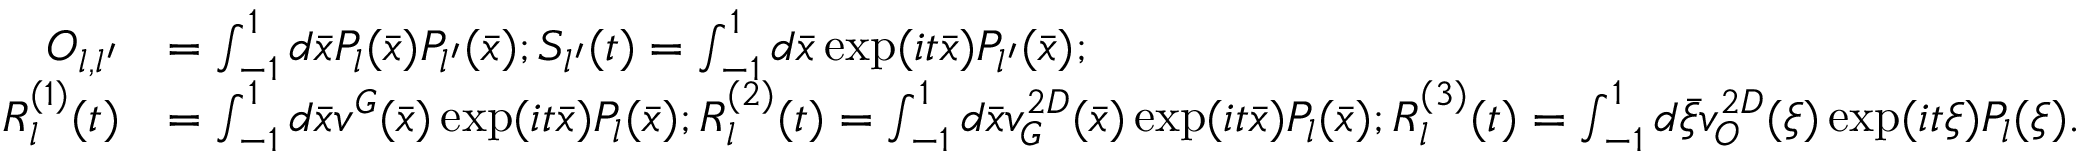
\begin{array} { r l } { O _ { l , l ^ { \prime } } } & { = \int _ { - 1 } ^ { 1 } d \bar { x } P _ { l } ( \bar { x } ) P _ { l ^ { \prime } } ( \bar { x } ) ; S _ { l ^ { \prime } } ( t ) = \int _ { - 1 } ^ { 1 } d \bar { x } \exp ( i t \bar { x } ) P _ { l ^ { \prime } } ( \bar { x } ) ; } \\ { R _ { l } ^ { ( 1 ) } ( t ) } & { = \int _ { - 1 } ^ { 1 } d \bar { x } v ^ { G } ( \bar { x } ) \exp ( i t \bar { x } ) P _ { l } ( \bar { x } ) ; R _ { l } ^ { ( 2 ) } ( t ) = \int _ { - 1 } ^ { 1 } d \bar { x } v _ { G } ^ { 2 D } ( \bar { x } ) \exp ( i t \bar { x } ) P _ { l } ( \bar { x } ) ; R _ { l } ^ { ( 3 ) } ( t ) = \int _ { - 1 } ^ { 1 } d \bar { \xi } v _ { O } ^ { 2 D } ( \xi ) \exp ( i t \xi ) P _ { l } ( \xi ) . } \end{array}